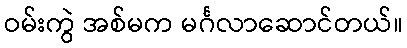
ဝမ်းကွဲ အစ်မက မင်္ဂလာဆောင်တယ်။